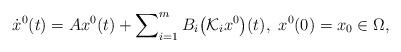
LaTeX: \begin{align*} \dot{x}^{0}(t)=Ax^{0}(t) + \sum\nolimits_{i=1}^m B_i \bigl(\mathcal{K}_i x^{0}\bigr)(t), \,\, x^{0}(0) = x_0 \in \Omega, \end{align*}